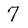
Character: 7